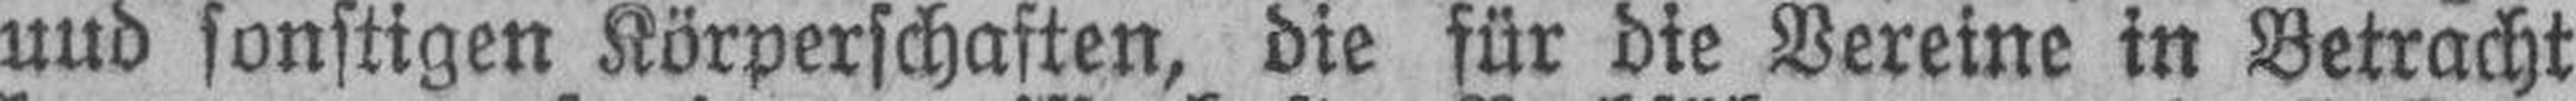
und sonstigen Körperschaften, die für die Vereine in Betracht